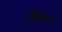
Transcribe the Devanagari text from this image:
श्ववसन